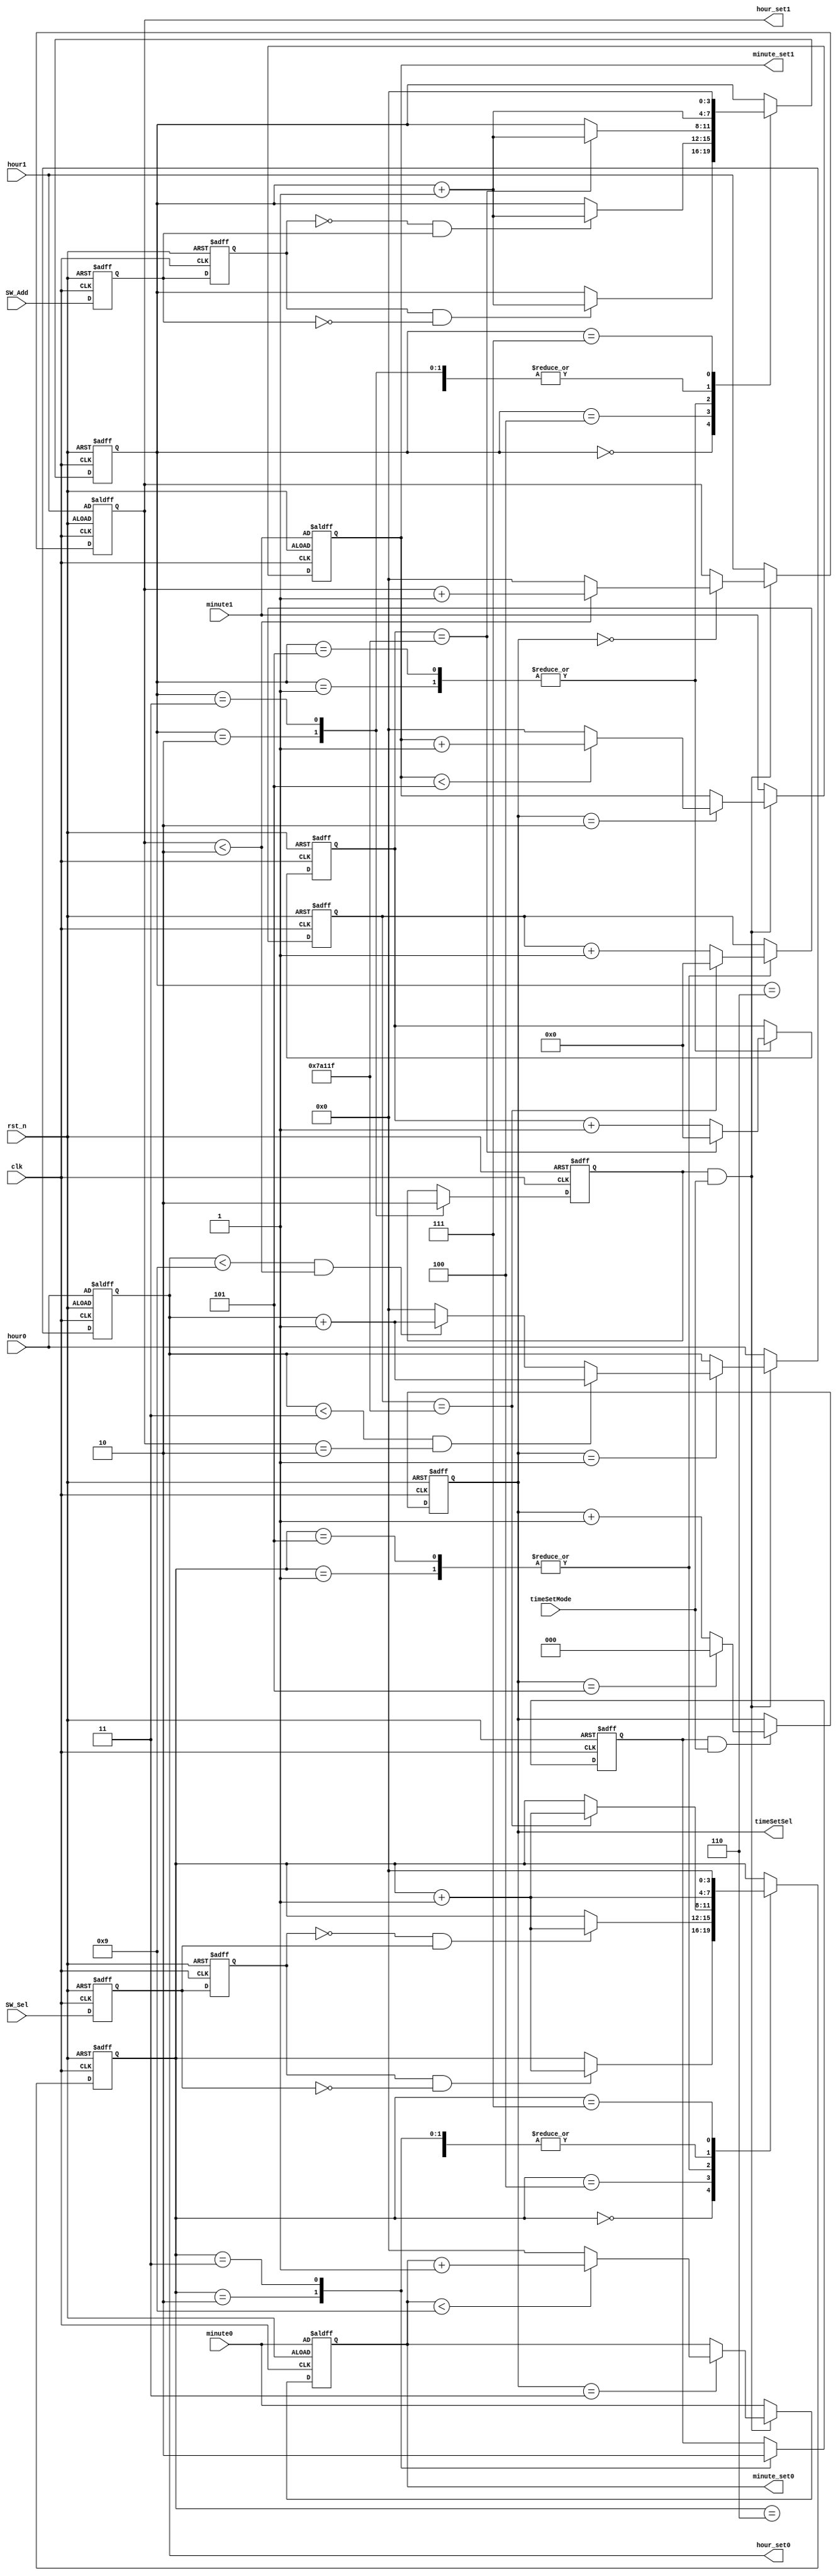
module timeSet(
	input clk,
	input SW_Sel,										//
	input SW_Add,										//
	input timeSetMode,
	input rst_n,	
	input   [3:0] hour1,hour0,			
	input   [3:0] minute1,minute0,				//   
	output reg [2:0] timeSetSel,					//
	output reg [3:0] hour_set1,hour_set0,
	output reg [3:0] minute_set1,minute_set0 	//
	);

	parameter T400MS = 21'd50_0000;
	
	//***********************************************
	reg F2, F1;
	
	always @ (posedge clk or negedge rst_n)
	begin
		if (!rst_n)
		begin 
			{F2, F1} <= 2'b11;
		end
		else
			{F2, F1} <= {F1, SW_Sel};
	end
	
	wire isSW_SelH2L = (F2 == 1 && F1 == 0);
	wire isSW_SelL2H = (F2 == 0 && F1 == 1);
	
	reg [3:0] i;
	reg isSW_SelPress, isSW_SelRelease;
	reg [18:0] C1;
	
	always @ ( posedge clk or negedge rst_n )
	begin 
		if (!rst_n)
		begin 
			i <= 4'd0;
			{isSW_SelPress, isSW_SelRelease} <= 2'b00;
			C1 <= 19'd0;
		end
		else 
		begin 
			case (i)
				0:
				if (isSW_SelH2L) i <= i + 1'b1;
				1:
				if (C1 == T400MS - 1) begin C1 <= 19'd0; i <= i + 1'b1; end
				else C1 <= C1 + 1'b1;
				2:
				begin isSW_SelPress <= 1'b1; i <= i + 1'b1; end
				3:
				begin isSW_SelPress <= 1'b0; i <= i + 1'b1; end
				4:
				begin if (isSW_SelL2H) i <= i + 1'b1; end
				5:
				if (C1 == T400MS - 1) begin C1 <= 19'd0; i <= i + 1'b1; end
				else C1 <= C1 + 1'b1;
				6:
				begin isSW_SelRelease <= 1'b1; i <= i + 1'b1; end
				7:
				begin isSW_SelRelease <= 1'b0; i <= 4'd0; end
			endcase
		end
	end
	//*************************************************************
	//**************************************************
	reg F4, F3;
	
	always @ (posedge clk or negedge rst_n)
	begin
		if (!rst_n)
		begin 
			{F4, F3} <= 2'b11;
		end
		else
			{F4, F3} <= {F3, SW_Add};
	end
	
	wire isSW_AddH2L = (F4 == 1 && F3 == 0);
	wire isSW_AddL2H = (F4 == 0 && F3 == 1);
	
	reg [3:0] _i;
	reg isSW_AddPress, isSW_AddRelease;
	reg [18:0] C2;
	
	always @ ( posedge clk or negedge rst_n )
	begin 
		if (!rst_n)
		begin 
			_i <= 4'd0;
			{isSW_AddPress, isSW_AddRelease} <= 1'b0;
			C2 <= 19'd0;
		end
		else 
		begin 
			case (_i)
				0:
				if (isSW_AddH2L) _i <= _i + 1'b1;
				1:
				if (C2 == T400MS - 1) begin C2 <= 19'd0; _i <= _i + 1'b1; end
				else C2 <= C2 + 1'b1;
				2:
				begin isSW_AddPress <= 1'b1; _i <= _i + 1'b1; end
				3:
				begin isSW_AddPress <= 1'b0; _i <= _i + 1'b1; end
				4:
				if (isSW_AddL2H) _i <= _i + 1'b1;
				5:
				if (C2 == T400MS - 1) begin C2 <= 19'd0; _i <= _i + 1'b1; end
				else C2 <= C2 + 1'b1;
				6:
				begin isSW_AddRelease <= 1'b1; _i <= _i + 1'b1; end
				7:
				begin isSW_AddRelease <= 1'b0; _i <= 4'd0; end
			endcase
		end
	end
	//*************************************************************
	always @ (posedge clk or negedge rst_n)
	begin 
		if (!rst_n)
		begin 
			timeSetSel <= 3'd0;
		end
		else 
		begin
			if (isSW_SelPress && timeSetMode)
			begin 
				if (timeSetSel == 3'd5)
					timeSetSel <= 3'd0;
				else 
					timeSetSel <= timeSetSel + 1'b1;
			end
		end
	end
	
	always @ (posedge clk or negedge rst_n)
	begin 
		if (!rst_n)
		begin 
			hour_set1 <= hour1;
			hour_set0 <= hour0;
			minute_set1 <= minute1;
			minute_set0 <= minute0;
		end
		else 
		begin 
			if (isSW_AddPress && timeSetMode)
			begin 
				case (timeSetSel)
					3'd0:
					begin 
						if (hour_set1 < 4'd2)
							hour_set1 <= hour_set1 + 1'b1;
						else 
							hour_set1 <= 4'd0;
					end
					3'd1:
					begin 
						if (hour_set0 < 4'd3 && hour_set1 == 4'd2)
							hour_set0 <= hour_set0 + 1'b1;
						else if (hour_set0 < 4'd9 && hour_set1 < 4'd2)
							hour_set0 <= hour_set0 + 1'b1;
						else
							hour_set0 <= 4'd0;
					end
					3'd2:
					begin 
						if (minute_set1 < 4'd5)
							minute_set1 <= minute_set1 + 1'b1;
						else 
							minute_set1 <= 4'd0;
					end
					3'd3:
					begin 
						if (minute_set0 < 4'd9)
							minute_set0 <= minute_set0 + 1'b1;
						else
							minute_set0 <= 4'd0;
					end
					3'd4:
					begin 
					
					end
					3'd5:
					begin 
					
					end
				endcase
			end
			else
			begin 
				hour_set1 <= hour1;
				hour_set0 <= hour0;
				minute_set1 <= minute1;
				minute_set0 <= minute0;
			end
		end
	end

endmodule